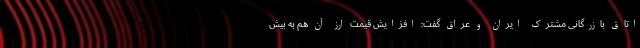
اتاق بازرگانی مشترک ایران و عراق گفت: افزایش قیمت ارز آن هم به بیش